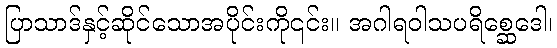
ပြာသာဒ်နှင့်ဆိုင်သောအပိုင်းကို၎င်း။ အဂါရဝါသပရိစ္ဆေဒေါ၊